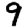
Digit: 9